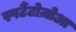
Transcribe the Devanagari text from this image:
स्पर्टैटोज़ोआ